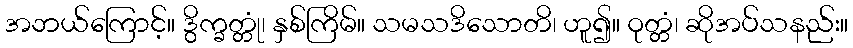
အဘယ်ကြောင့်။ ဒွိက္ခတ္တုံ၊ နှစ်ကြိမ်။ သမသဒိသောတိ၊ ဟူ၍။ ဝုတ္တံ၊ ဆိုအပ်သနည်း။